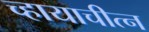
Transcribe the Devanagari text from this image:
च्हायाचीत्न